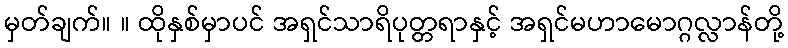
မှတ်ချက်။ ။ ထိုနှစ်မှာပင် အရှင်သာရိပုတ္တရာနှင့် အရှင်မဟာမောဂ္ဂလ္လာန်တို့